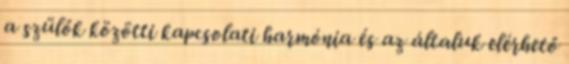
a szülők közötti kapcsolati harmónia és az általuk elérhető